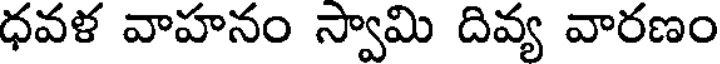
ధవళ వాహనం స్వామి దివ్య వారణం